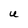
Character: U